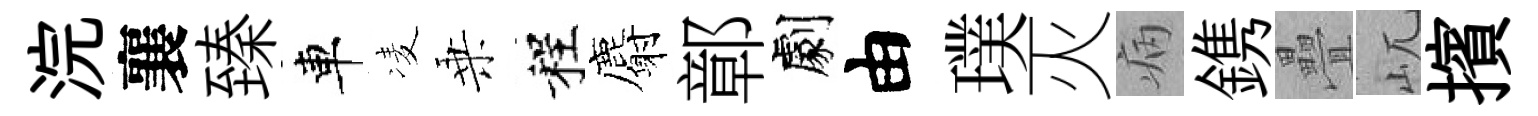
浣襄臻車凌乗程麝鄣劇由璞灭病鎸疊屼擯